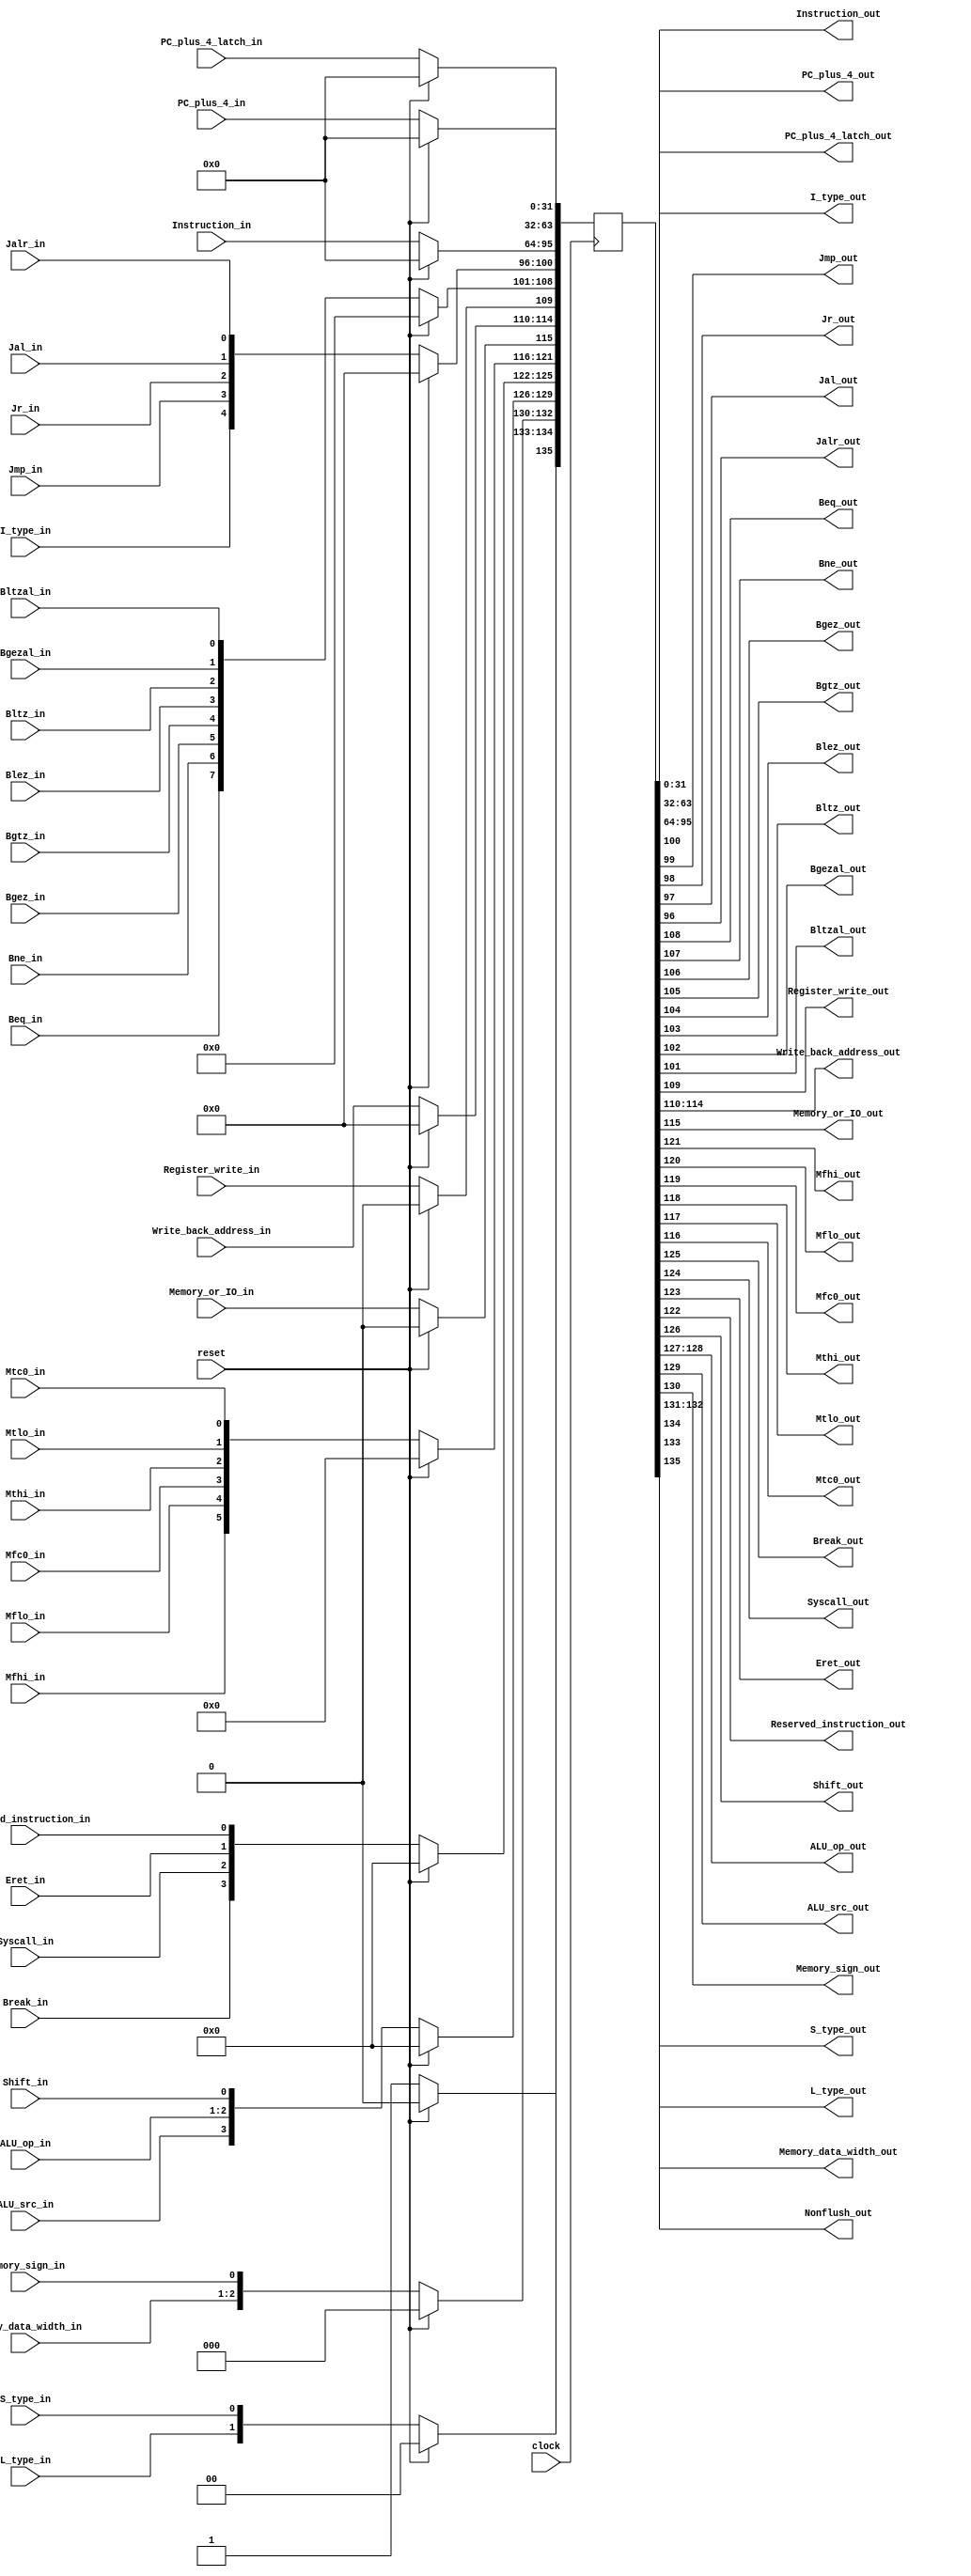
`timescale 1ns / 1ps
//////////////////////////////////////////////////////////////////////////////////
// Module: IF/ID
//////////////////////////////////////////////////////////////////////////////////

/*

reg[31:0]	     PC_plus_4
reg[63:32]	     PC_plus_4_latch
reg[95:64]	     Instruction
reg[100:96]	     I_type, Jmp, Jr, Jal, Jalr
reg[108:101]	 Beq, Bne, Bgez, Bgtz, Blez, Bltz, Bgezal, Bltzal
reg[109]	     Register_write
reg[114:110]	 Write_back_address
reg[115]	     Memory_or_IO
reg[121:116]	 Mfhi, Mflo, Mfc0, Mthi, Mtlo, Mtc0
reg[125:122]	 Break, Syscall, Eret, Reserved_instruction
reg[126]	     Shift
reg[128:127]	 ALU_op
reg[129]	     ALU_src
reg[130]	     Memory_sign
reg[132:131]	 Memory_data_width
reg[134:133]     L_type, S_type
reg[135]         Nonflush
*/

module IF_ID(
    clock,reset,
    
    PC_plus_4_in,PC_plus_4_latch_in,Instruction_in,
    I_type_in,Jmp_in,Jr_in,Jal_in,Jalr_in,
    Beq_in,Bne_in,Bgez_in,Bgtz_in,Blez_in,Bltz_in,Bgezal_in,Bltzal_in,
    Register_write_in,Write_back_address_in,
    Memory_or_IO_in,
    Mfhi_in,Mflo_in,Mfc0_in,Mthi_in,Mtlo_in,Mtc0_in,
    Break_in,Syscall_in,Eret_in,Reserved_instruction_in,
    Shift_in,ALU_op_in,ALU_src_in,
    Memory_sign_in,Memory_data_width_in,
    L_type_in,S_type_in,

    PC_plus_4_out,PC_plus_4_latch_out,Instruction_out,
    I_type_out,Jmp_out,Jr_out,Jal_out,Jalr_out,
    Beq_out,Bne_out,Bgez_out,Bgtz_out,Blez_out,Bltz_out,Bgezal_out,Bltzal_out,
    Register_write_out,Write_back_address_out,
    Memory_or_IO_out,
    Mfhi_out,Mflo_out,Mfc0_out,Mthi_out,Mtlo_out,Mtc0_out,
    Break_out,Syscall_out,Eret_out,Reserved_instruction_out,
    Shift_out,ALU_op_out,ALU_src_out,
    Memory_sign_out,Memory_data_width_out,
    L_type_out,S_type_out,
    Nonflush_out
    );
    
    input   clock;
    input   reset;
    
    reg[135:0]   register;
    
    input[31:0] PC_plus_4_in;
    input[31:0] PC_plus_4_latch_in;
    input[31:0] Instruction_in;
    input       I_type_in,Jmp_in,Jr_in,Jal_in,Jalr_in;
    input       Beq_in,Bne_in,Bgez_in,Bgtz_in,Blez_in,Bltz_in,Bgezal_in,Bltzal_in;
    input       Register_write_in;
    input[4:0]  Write_back_address_in;
    input       Memory_or_IO_in;
    input       Mfhi_in,Mflo_in,Mfc0_in,Mthi_in,Mtlo_in,Mtc0_in;
    input       Break_in,Syscall_in,Eret_in,Reserved_instruction_in;
    input       Shift_in;
    input[1:0]  ALU_op_in;
    input       ALU_src_in;
    input       Memory_sign_in;
    input[1:0]  Memory_data_width_in;
    input       L_type_in,S_type_in;
    
    output[31:0] PC_plus_4_out;
    output[31:0] PC_plus_4_latch_out;
    output[31:0] Instruction_out;
    output       I_type_out,Jmp_out,Jr_out,Jal_out,Jalr_out;
    output       Beq_out,Bne_out,Bgez_out,Bgtz_out,Blez_out,Bltz_out,Bgezal_out,Bltzal_out;
    output       Register_write_out;
    output[4:0]  Write_back_address_out;
    output       Memory_or_IO_out;
    output       Mfhi_out,Mflo_out,Mfc0_out,Mthi_out,Mtlo_out,Mtc0_out;
    output       Break_out,Syscall_out,Eret_out,Reserved_instruction_out;
    output       Shift_out;
    output[1:0]  ALU_op_out;
    output       ALU_src_out;
    output       Memory_sign_out;
    output[1:0]  Memory_data_width_out;
    output       L_type_out,S_type_out;
    output       Nonflush_out;



    assign PC_plus_4_out = register[31:0];
    assign PC_plus_4_latch_out = register[63:32];
    assign Instruction_out = register[95:64];
    assign {I_type_out,Jmp_out,Jr_out,Jal_out,Jalr_out} = register[100:96];
    assign {Beq_out,Bne_out,Bgez_out,Bgtz_out,Blez_out,Bltz_out,Bgezal_out,Bltzal_out}
            = register[108:101];
    assign Register_write_out = register[109];
    assign Write_back_address_out = register[114:110];
    assign Memory_or_IO_out = register[115];
    assign {Mfhi_out,Mflo_out,Mfc0_out,Mthi_out,Mtlo_out,Mtc0_out} = register[121:116];
    assign {Break_out,Syscall_out,Eret_out,Reserved_instruction_out} = register[125:122];
    assign {ALU_src_out,ALU_op_out,Shift_out} = register[129:126];
    assign {Memory_data_width_out,Memory_sign_out} = register[132:130];
    assign {L_type_out,S_type_out} = register[134:133];
    assign Nonflush_out = register[135];
    
    always @(negedge clock)
    begin
        if (reset)
            register <= 136'h00_0000_0000_0000_0000_0000_0000_0000_0000;
        else
        begin
            register[31:0] <= PC_plus_4_in;
            register[63:32] <= PC_plus_4_latch_in;
            register[95:64] <= Instruction_in;
            register[100:96] <= {I_type_in,Jmp_in,Jr_in,Jal_in,Jalr_in};
            register[108:101] <= {Beq_in,Bne_in,Bgez_in,Bgtz_in,Blez_in,Bltz_in,
                    Bgezal_in,Bltzal_in};
            register[109] <= Register_write_in;
            register[114:110] <= Write_back_address_in;
            register[115] <= Memory_or_IO_in;
            register[121:116] <= {Mfhi_in,Mflo_in,Mfc0_in,Mthi_in,Mtlo_in,Mtc0_in};
            register[125:122] <= {Break_in,Syscall_in,Eret_in,Reserved_instruction_in};
            register[129:126] <= {ALU_src_in,ALU_op_in,Shift_in};
            register[132:130] <= {Memory_data_width_in,Memory_sign_in};
            register[134:133] <= {L_type_in,S_type_in};
            register[135] <= 1'b1;
        end
    end
    
endmodule